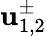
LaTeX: \mathbf{u}_{1,2}^{\pm}